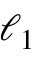
\ell _ { 1 }